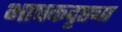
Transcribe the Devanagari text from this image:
भाषकदृष्ट्या